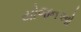
યોજનઓ